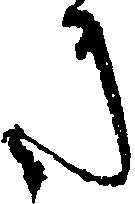
き